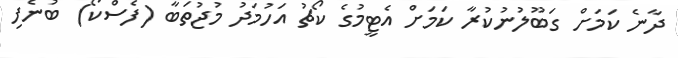
ދާނެ ކަމަށް ގަބޫލުނުކުރާ ކަމަށް އެޓީމުގެ ކޯޗު އަހުމަދު މުޖުތަބާ (ފެސްކޯ) ބުނެފި